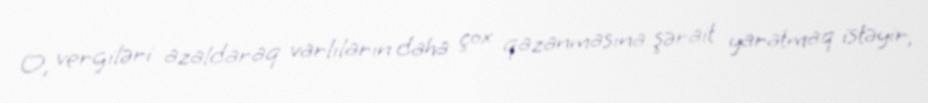
O, vergiləri azaldaraq varlıların daha çox qazanmasına şərait yaratmaq istəyir,